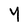
Character: Y